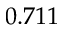
0 . 7 1 1